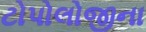
ટોપોલોજીના